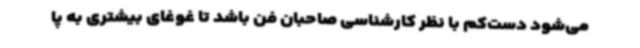
می‌شود دست‌کم با نظر کارشناسی صاحبان فن باشد تا غوغای بیشتری به پا